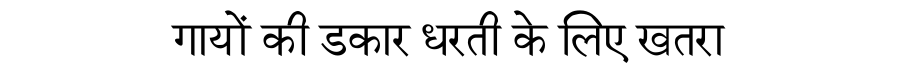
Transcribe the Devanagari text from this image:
गायों की डकार धरती के लिए खतरा